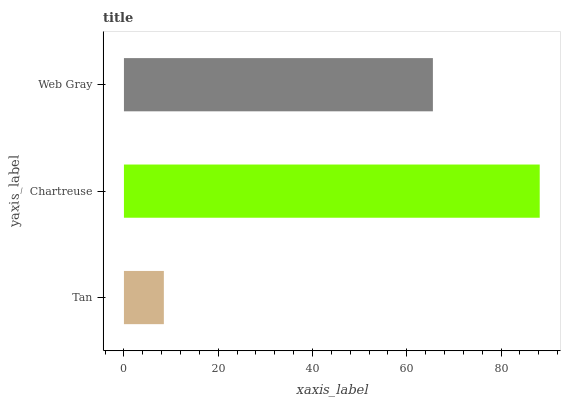
| yaxis_label | bars |
 | --- | --- |
 | Tan | 8.47 |
 | Chartreuse | 88.2 |
 | Web Gray | 65.5 |